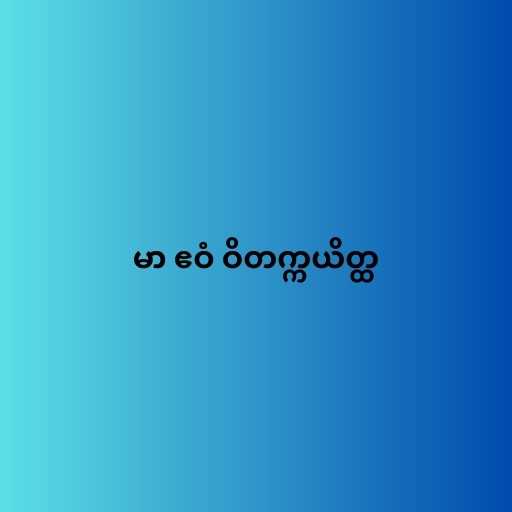
မာ ဧဝံ ဝိတက္ကယိတ္ထ